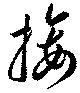
接